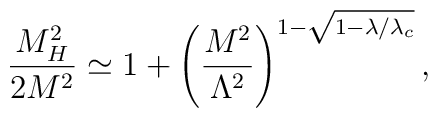
\frac{M_H^2}{2M^2} \simeq  1 + \left( \frac{M^2}{\Lambda^2}               \right)^{1-\sqrt{1-\lambda/\lambda_c}} ,